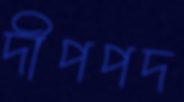
দীপপদ